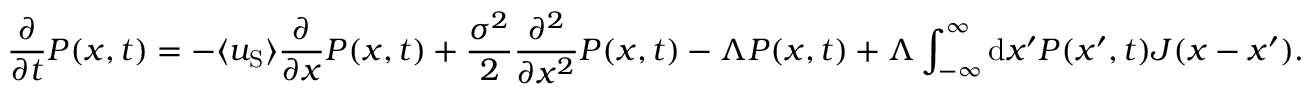
\frac { \partial } { \partial t } P ( x , t ) = - \langle u _ { \mathrm { S } } \rangle \frac { \partial } { \partial x } P ( x , t ) + \frac { \sigma ^ { 2 } } { 2 } \frac { \partial ^ { 2 } } { \partial x ^ { 2 } } P ( x , t ) - \Lambda P ( x , t ) + \Lambda \int _ { - \infty } ^ { \infty } \mathrm { d } x ^ { \prime } P ( x ^ { \prime } , t ) J ( x - x ^ { \prime } ) .